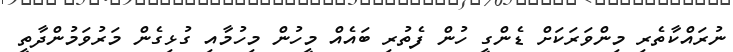
ނުރައްކާތެރި މިންވަރަކަށް ޑެންގީ ހުން ފެތުރި ބައެއް މީހުން މިހުމާއި ގުޅިގެން މަރުވަމުންދާތީ